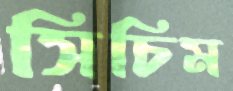
সিচিম